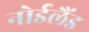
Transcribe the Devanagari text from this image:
नोर्डलैंड